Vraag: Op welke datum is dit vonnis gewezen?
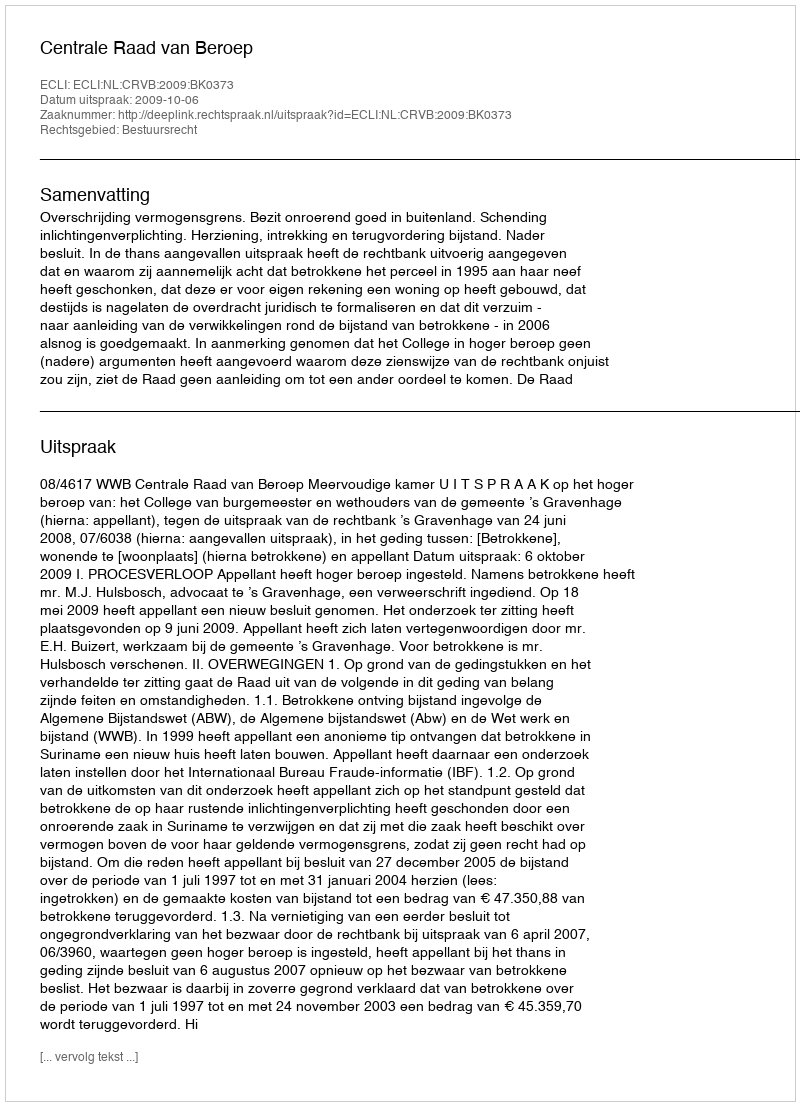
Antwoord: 2009-10-06